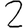
Digit: 2